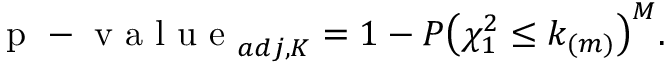
\mathrm { ~ p ~ - ~ v ~ a ~ l ~ u ~ e ~ } _ { a d j , K } = 1 - P \bigl ( \chi _ { 1 } ^ { 2 } \leq k _ { ( m ) } \bigl ) ^ { M } .